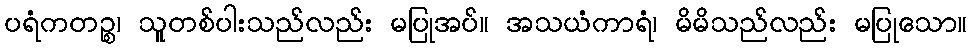
ပရံကတဉ္စ၊ သူတစ်ပါးသည်လည်း မပြုအပ်။ အသယံကာရံ၊ မိမိသည်လည်း မပြုသော။